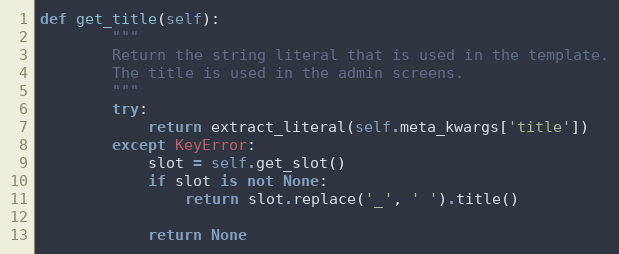
Language: Python
def get_title(self):
        """
        Return the string literal that is used in the template.
        The title is used in the admin screens.
        """
        try:
            return extract_literal(self.meta_kwargs['title'])
        except KeyError:
            slot = self.get_slot()
            if slot is not None:
                return slot.replace('_', ' ').title()

            return None